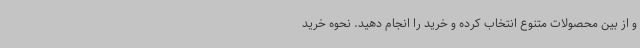
و از بین محصولات متنوع انتخاب کرده و خرید را انجام دهید. نحوه خرید